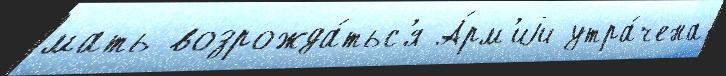
мать возрожда́тьс'я А́рм'иjи утра́чена